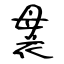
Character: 袰